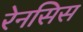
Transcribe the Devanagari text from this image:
रेनसिस